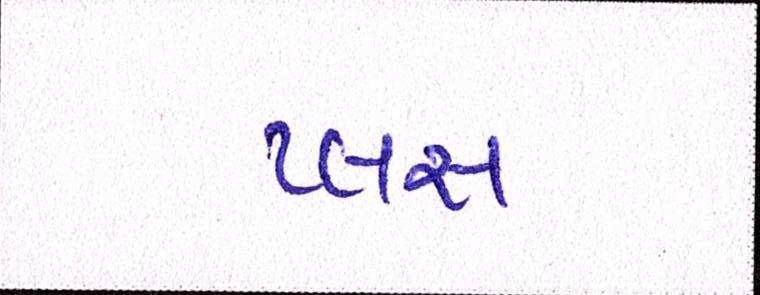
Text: પ્લસ